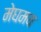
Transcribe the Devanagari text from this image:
मेघमय